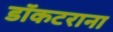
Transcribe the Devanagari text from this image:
डॉकटराना